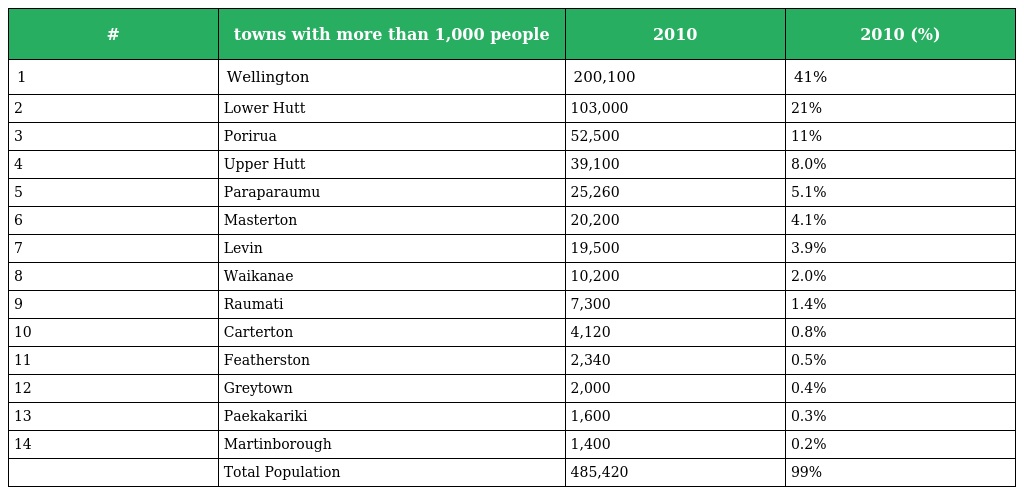
| # | towns with more than 1,000 people | 2010 | 2010 (%) |
 | --- | --- | --- | --- |
 | 1 | Wellington | 200,100 | 41% |
 | 2 | Lower Hutt | 103,000 | 21% |
 | 3 | Porirua | 52,500 | 11% |
 | 4 | Upper Hutt | 39,100 | 8.0% |
 | 5 | Paraparaumu | 25,260 | 5.1% |
 | 6 | Masterton | 20,200 | 4.1% |
 | 7 | Levin | 19,500 | 3.9% |
 | 8 | Waikanae | 10,200 | 2.0% |
 | 9 | Raumati | 7,300 | 1.4% |
 | 10 | Carterton | 4,120 | 0.8% |
 | 11 | Featherston | 2,340 | 0.5% |
 | 12 | Greytown | 2,000 | 0.4% |
 | 13 | Paekakariki | 1,600 | 0.3% |
 | 14 | Martinborough | 1,400 | 0.2% |
 |  | Total Population | 485,420 | 99% |